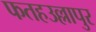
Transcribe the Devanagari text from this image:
फतहउल्लापुर